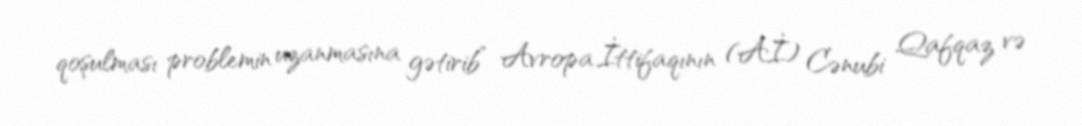
qoşulması problemin uzanmasına gətirib” Avropa İttifaqının (Aİ) Cənubi Qafqaz və